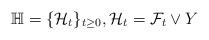
LaTeX: \begin{align*} \mathbb{H}= \{ \mathcal{H}_t\}_{t \geq 0}, \mathcal{H}_t = \mathcal{F}_t \vee Y\end{align*}